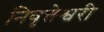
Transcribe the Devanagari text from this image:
निवृत्तेश्वरी